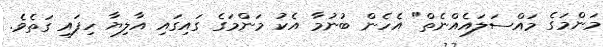
މަންމަގެ މައްސަލައެއްނެތް" އެހެން ބުނުމާ އެކު މަންމަގެ ގައިގައި އާލިޔާ ހިފައި ގަތެވެ.